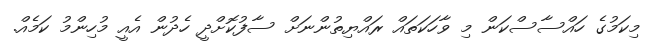
މިކަމުގެ ހައްސާސްކަން މި ވާހަކަތައް ރައްޔިތުންނަށް ސާފުކޮށްދީ ހެދުން އެއީ މުހިންމު ކަމެއް.